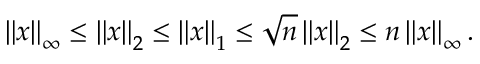
\left\| x \right\| _ { \infty } \leq \left\| x \right\| _ { 2 } \leq \left\| x \right\| _ { 1 } \leq { \sqrt { n } } \left\| x \right\| _ { 2 } \leq n \left\| x \right\| _ { \infty } .